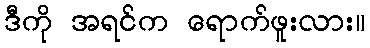
ဒီကို အရင်က ရောက်ဖူးလား။